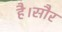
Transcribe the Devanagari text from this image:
है।सौर